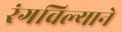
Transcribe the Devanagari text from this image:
रंगविल्याने